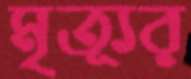
মৃত্যূর